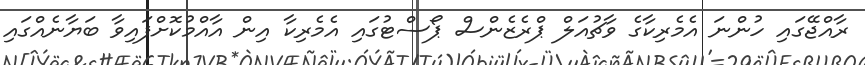
ރާއްޖޭގައި ހުންނަ އެމެރިކާގެ ވާޗުއަލް ޕްރެޒެންސް ޕޯސްޓުގައި އެމެރިކާ އިން އާއްމުކޮށްފައިވާ ބަޔާނެއްގައި